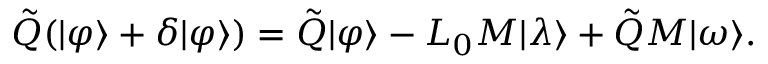
\tilde { Q } ( | \varphi \rangle + \delta | \varphi \rangle ) = \tilde { Q } | \varphi \rangle - L _ { 0 } M | \lambda \rangle + \tilde { Q } M | \omega \rangle .